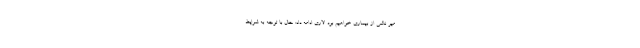
میر ناشی از بیماری خواهیم بود. لاری ادامه داد: حال با توجه به شرایط